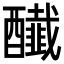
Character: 𨣲